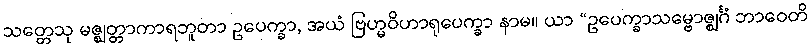
သတ္တေသု မဇ္ဈတ္တာကာရဘူတာ ဥပေက္ခာ, အယံ ဗြဟ္မဝိဟာရုပေက္ခာ နာမ။ ယာ “ဥပေက္ခာသမ္ဗောဇ္ဈင်္ဂံ ဘာဝေတိ